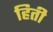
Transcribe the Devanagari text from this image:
हिती